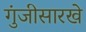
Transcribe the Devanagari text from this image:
गुंजीसारखे